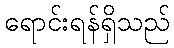
ရောင်းရန်ရှိသည်